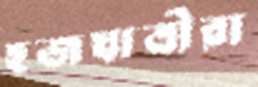
হজযাত্রীরা